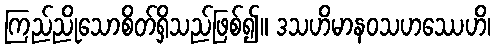
ကြည်ညိုသောစိတ်ရှိသည်ဖြစ်၍။ ဒသဟိမာနဝသဟဿေဟိ၊